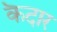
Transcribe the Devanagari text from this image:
कॆदार